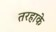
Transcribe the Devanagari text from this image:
तरहाके